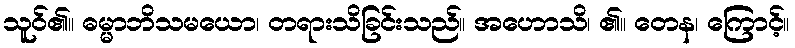
သူဝ်၏။ ဓမ္မာဘိသမယော၊ တရားသိခြင်းသည်။ အဟောသိ၊ ၏။ တေန၊ ကြောင့်။